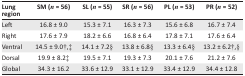
<table><thead><tr><td><b>Lung region</b></td><td><b>SM (<i>n</i> = 56)</b></td><td><b>SL (<i>n</i> = 55)</b></td><td><b>SR (<i>n</i> = 56)</b></td><td><b>PL (<i>n</i> = 53)</b></td><td><b>PR (<i>n</i> = 52)</b></td></tr></thead><tbody><tr><td>Left</td><td>16.8 ± 9.0</td><td>15.3 ± 7.1</td><td>16.3 ± 7.3</td><td>15.6 ± 6.8</td><td>16.7 ± 7.4</td></tr><tr><td>Right</td><td>17.6 ± 7.9</td><td>18.2 ± 6.6</td><td>16.8 ± 6.4</td><td>17.8 ± 7.1</td><td>17.6 ± 6.4</td></tr><tr><td>Ventral</td><td>14.5 ± 9.0†,‡</td><td>14.1 ± 7.2§</td><td>13.8 ± 6.8§</td><td>13.3 ± 6.4§</td><td>13.2 ± 6.2†,§</td></tr><tr><td>Dorsal</td><td>19.9 ± 8.2‡</td><td>19.5 ± 7.1</td><td>19.3 ± 7.3</td><td>20.1 ± 7.6</td><td>21.2 ± 7.6</td></tr><tr><td>Global</td><td>34.3 ± 16.2</td><td>33.6 ± 12.9</td><td>33.1 ± 12.9</td><td>33.4 ± 12.9</td><td>34.4 ± 12.8</td></tr></tbody></table>